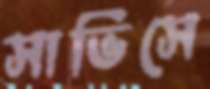
সার্ভিসে